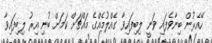
ހޭއެރުން ބިނާވެފައި ވަނީ ލިބިފައިވާ ގެއްލުމެއްގެ މައްޗަށް ކަމަށް ބުނި އިރު ލިބިފައިވާ